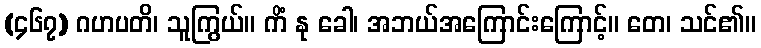
(၄၆၇) ဂဟပတိ၊ သူကြွယ်။ ကိံ နု ခေါ၊ အဘယ်အကြောင်းကြောင့်။ တေ၊ သင်၏။